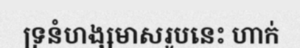
ទ្រនំហង្សមាសរូបនេះ ហាក់